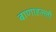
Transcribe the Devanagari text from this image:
बाणाहल्ली